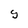
Character: S